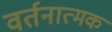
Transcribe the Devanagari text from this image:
वर्तनात्मक